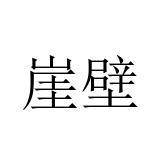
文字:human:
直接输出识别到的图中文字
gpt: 崖壁